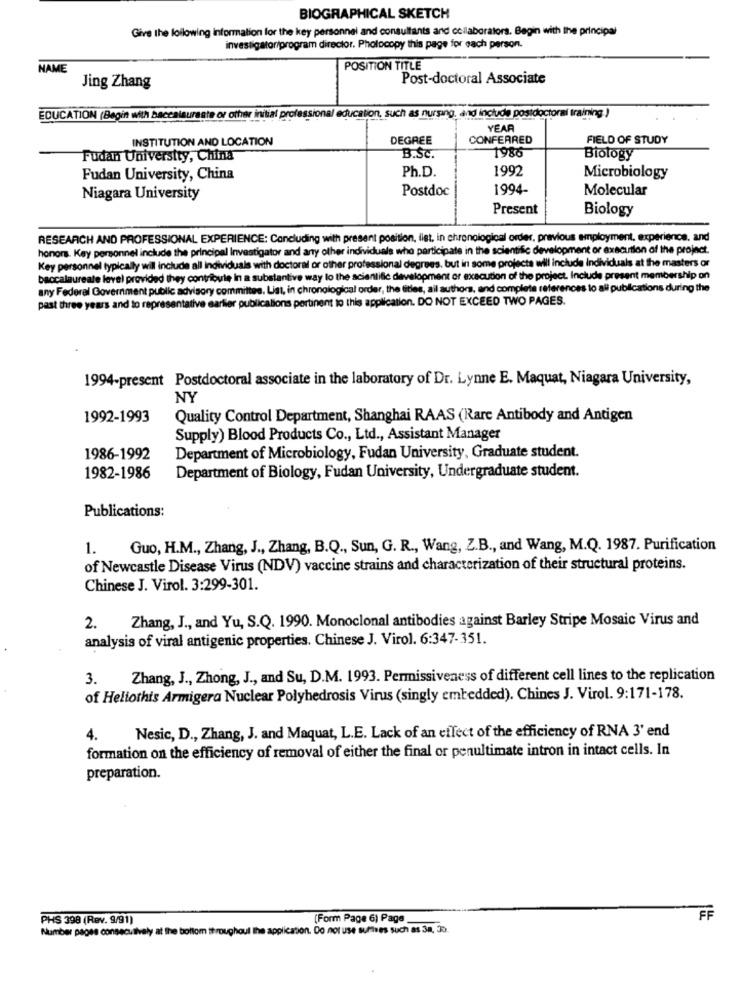
BIOGRAPHICAL SKETCH
Give the following information for the key personnel and consultants and collaborators. Begin with the principal
investigator/program director. Photocopy this page for each person.
NAME
POSITION TITLE
Post-doctoral Associate
Jing Zhang
EDUCATION (Begin with baccalaureate or other initial professional education, such as nursing, and include postdoctoral training )
YEAR
INSTITUTION AND LOCATION
DEGREE
CONFERRED
FIELD OF STUDY
1986
Fudan University, China
B.SC.
Biology
Ph.D.
1992
Fudan University, China
Microbiology
Postdoc
1994-
Molecular
Niagara University
Present
Biology
RESEARCH AND PROFESSIONAL EXPERIENCE: Concluding with present position, list, in chronological order, previous employment, experience, and
honors. Key personnel include the principal Investigator and any other individuals who participate in the scientific development or execution of the project.
Key personnel typically will include all individuals with doctoral or other professional degrees, but in some projects will include individuals at the masters or
baccalaureate level provided they contribute in a substantive way lo the scientific development or execution of the project. Include present membership on
any Federal Government public advisory committee. List, in chronological order, the titles, ail authors, and complete references to all publications during the
past three years and to representative earlier publications pertinent to this application. DO NOT EXCEED TWO PAGES.
1994-present Postdoctoral associate in the laboratory of Dr. Lynne E. Maquat, Niagara University,
NY
1992-1993
Quality Control Department, Shanghai RAAS (Rare Antibody and Antigen
Supply) Blood Products Co ., Ltd ., Assistant Manager
1986-1992
Department of Microbiology, Fudan University, Graduate student.
Department of Biology, Fudan University, Undergraduate student.
1982-1986
Publications:
1.
Guo, H.M ., Zhang, J ., Zhang, B.Q ., Sun, G. R ., Wang, Z.B ., and Wang, M.Q. 1987. Purification
of Newcastle Disease Virus (NDV) vaccine strains and characterization of their structural proteins.
Chinese J. Virol. 3:299-301.
Zhang, J ., and Yu, S.Q. 1990. Monoclonal antibodies against Barley Stripe Mosaic Virus and
2.
analysis of viral antigenic properties. Chinese J. Virol. 6:347-351.
3.
Zhang, J ., Zhong, J ., and Su, D.M. 1993. Permissiveness of different cell lines to the replication
of Heliothis Armigera Nuclear Polyhedrosis Virus (singly embedded). Chines J. Virol. 9:171-178.
4.
Nesic, D ., Zhang, J. and Maquat, L.E. Lack of an effect of the efficiency of RNA 3' end
formation on the efficiency of removal of either the final or penultimate intron in intact cells. In
preparation.
PHS 398 (Rev. 9/91)
[Form Page 6) Page
FF
Number pages consecutively at the bottom throughout the application. Do not use surtees such as 3a, Jo